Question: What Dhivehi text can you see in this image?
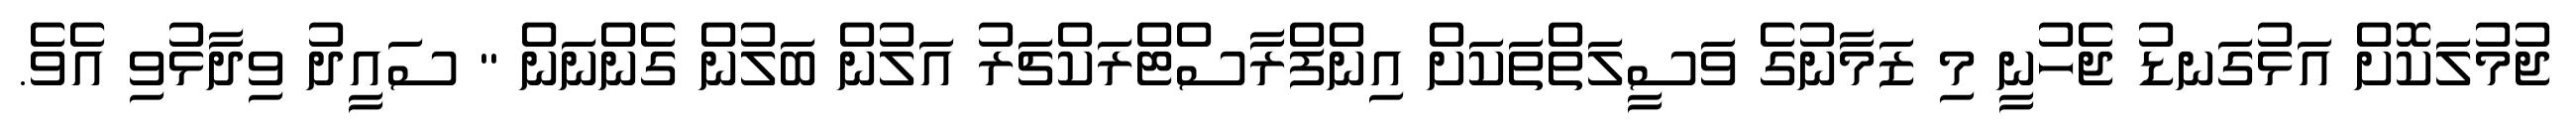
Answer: ޖުމުލަކޮށް އަޅުގަނޑު ޖެހުނީ މި ޒަމާނުގެ ވަސީލަތްތަކަށް އިންފްރާސްޓްރަކްޗަރު އަލުން ބަލުން ގެންނަން " ސައީދު ވިދާޅުވި އެވެ.